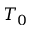
T _ { 0 }